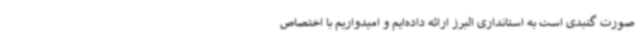
صورت گنبدی است به استانداری البرز ارائه داده‌ایم و امیدواریم با اختصاص